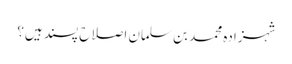
شہزادہ محمد بن سلمان اصلاح پسند ہیں؟